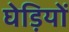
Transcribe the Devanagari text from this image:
घेड़ियों